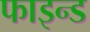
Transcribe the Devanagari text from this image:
फाइन्ड